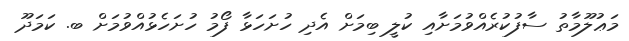
މަޢުލޫމާތު ސާފުކުރެއްވުމަށާއި ކުލީ ބިމަށް އެދި ހުށަހަޅާ ފޯމު ހުށަހެޅުއްވުމަށް ބ. ކަމަދޫ